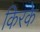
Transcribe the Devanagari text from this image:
किरके